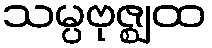
သမ္ပဗုဇ္ဈထ